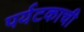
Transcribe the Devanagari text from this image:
पर्यटकाची